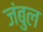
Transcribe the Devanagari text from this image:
जंबुल